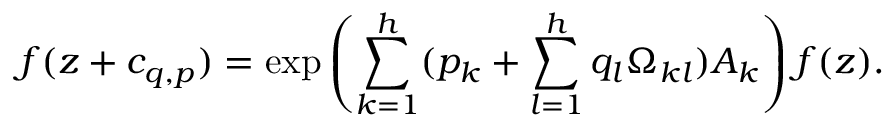
f ( z + c _ { q , p } ) = \exp \left( { \sum _ { k = 1 } ^ { h } ( p _ { k } + \sum _ { l = 1 } ^ { h } q _ { l } \Omega _ { k l } ) A _ { k } } \right) f ( z ) .